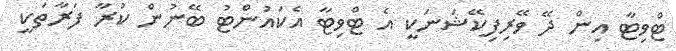
ޓްވިޓާ އިން ދޭ ވޭރިފިކޭޝަނަކީ އެ ޓްވިޓާ އެކައުންޓު ބޭނުން ކުރާ ފަރާތަކީ